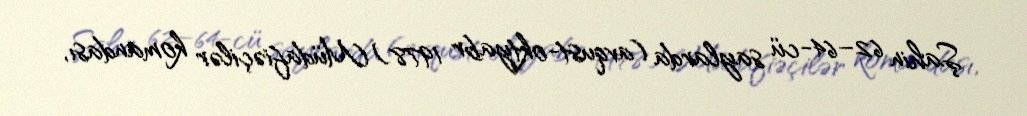
Şahin 62–64-cü saylarda (avqust-oktyabr 1978) Müdafiəçilər komandası,